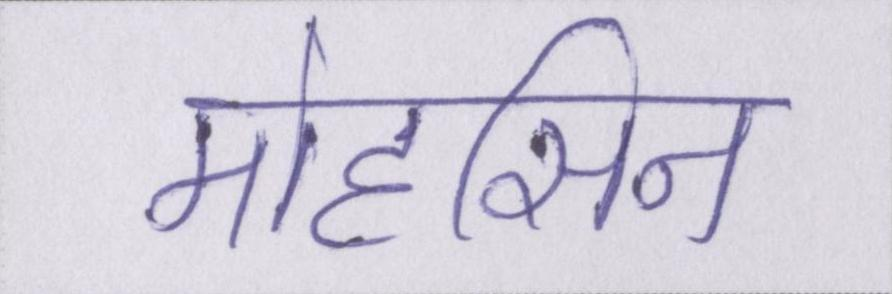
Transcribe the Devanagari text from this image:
मोहसिन